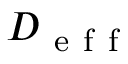
D _ { \mathrm { ~ e ~ f ~ f ~ } }